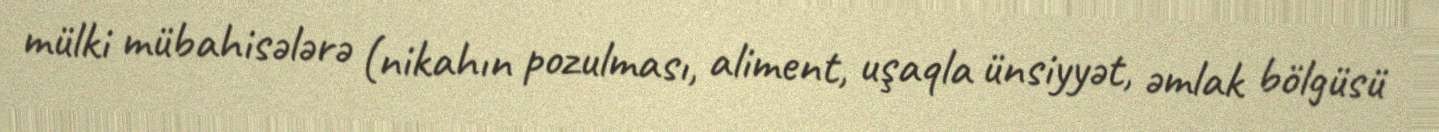
mülki mübahisələrə (nikahın pozulması, aliment, uşaqla ünsiyyət, əmlak bölgüsü